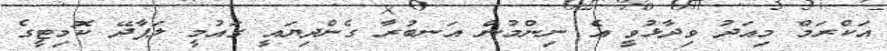
އަކްރަމް މިއަދު ވިދާޅުވީ އެ ނިންމުން އަނބުރާ ގެންދިޔައީ ގައުމީ ލަފާދޭ ކޮމިޓީގެ